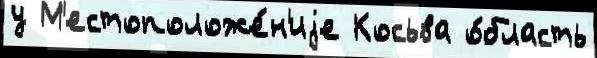
у М'естоположе́н'иjе Косьва о́бласть